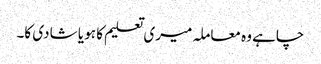
چاہے وہ معاملہ میری تعلیم کا ہو یا شادی کا۔